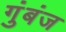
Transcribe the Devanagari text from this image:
गुंबंज